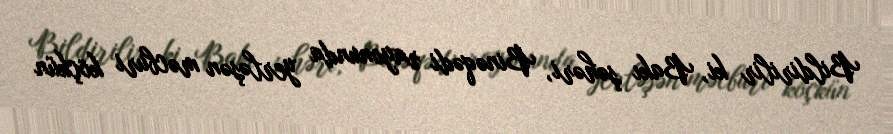
Bildirilir ki, Bakı şəhəri, Binəqədi rayonunda yerləşən məcburi köçkün